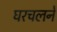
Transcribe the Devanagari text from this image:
घरचलने